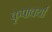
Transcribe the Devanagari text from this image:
कृपावर्या